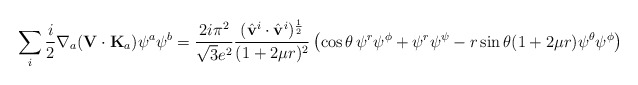
\begin{align*}\sum_i\frac{i}{2}\nabla_a({\bf V}\cdot{\bf K}_a)\psi^a\psi^b = \frac{2i\pi^2}{\sqrt{3}e^2}\frac{(\hat{\bf v}^i\cdot\hat{\bf v}^i)^{\frac{1}{2}}}{(1+2\mu r)^2}\left(\cos\theta\,\psi^r\psi^\phi+\psi^r\psi^\psi-r\sin\theta(1+2\mu r)\psi^\theta\psi^\phi\right)\end{align*}